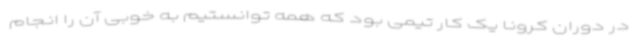
در دوران کرونا یک کار تیمی بود که همه توانستیم به خوبی آن را انجام